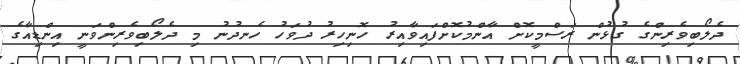
ދެލޯބިވެރިންގެ ގުޅުން ރަސްމީކޮށް އާންމުކޮށްފައިވާއިރު ހޮނިހިރު ދުވަހު ހެނދުނު މި ދެލޯބިވެރިންވަނީ އިންޑިއާގެ